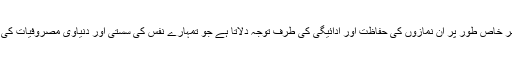
اس لئے نمازوں کی حفاظت کی طرف خدا تعالیٰ توجہ دلاتا ہے اور پھر خاص طور پر اُن نمازوں کی حفاظت اور ادائیگی کی طرف توجہ دلاتا ہے جو تمہارے نفس کی سستی اور دنیاوی مصروفیات کی وجہ سے ادا نہیں ہو رہیں یا اُن کا حق ادا کرتے ہوئے ادا نہیں ہو رہی۔